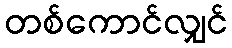
တစ်ကောင်လျှင်